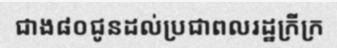
ជាង៨០ជូនដល់ប្រជាពលរដ្ឋក្រីក្រ